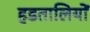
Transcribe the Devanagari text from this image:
हडतालियों